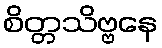
စိတ္တသိဗ္ဗနေ